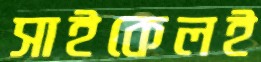
সাইকেলই